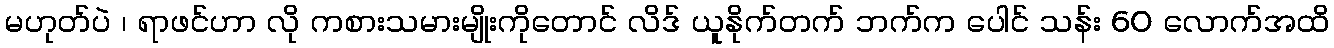
မဟုတ်ပဲ ၊ ရာဖင်ဟာ လို ကစားသမားမျိုးကိုတောင် လိဒ် ယူနိုက်တက် ဘက်က ပေါင် သန်း 60 လောက်အထိ